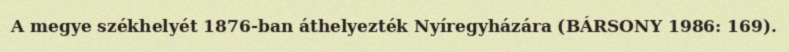
A megye székhelyét 1876-ban áthelyezték Nyíregyházára (BÁRSONY 1986: 169).